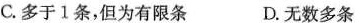
C.多于1条，但为有限条 D.无数多条